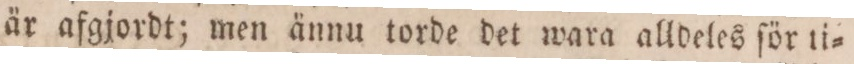
är afgjordt; men ännu torde det wara alldeles för ti=